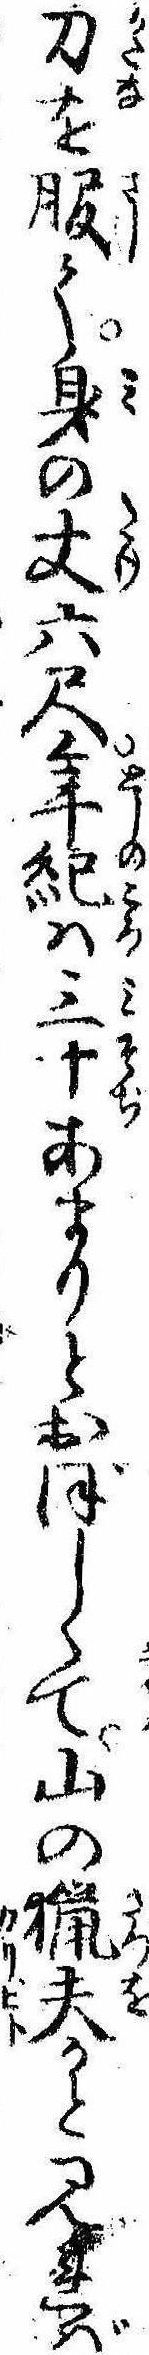
刀を服て身の丈六尺年紀は三十あまりとおぼしくて山の猟夫かと見れば